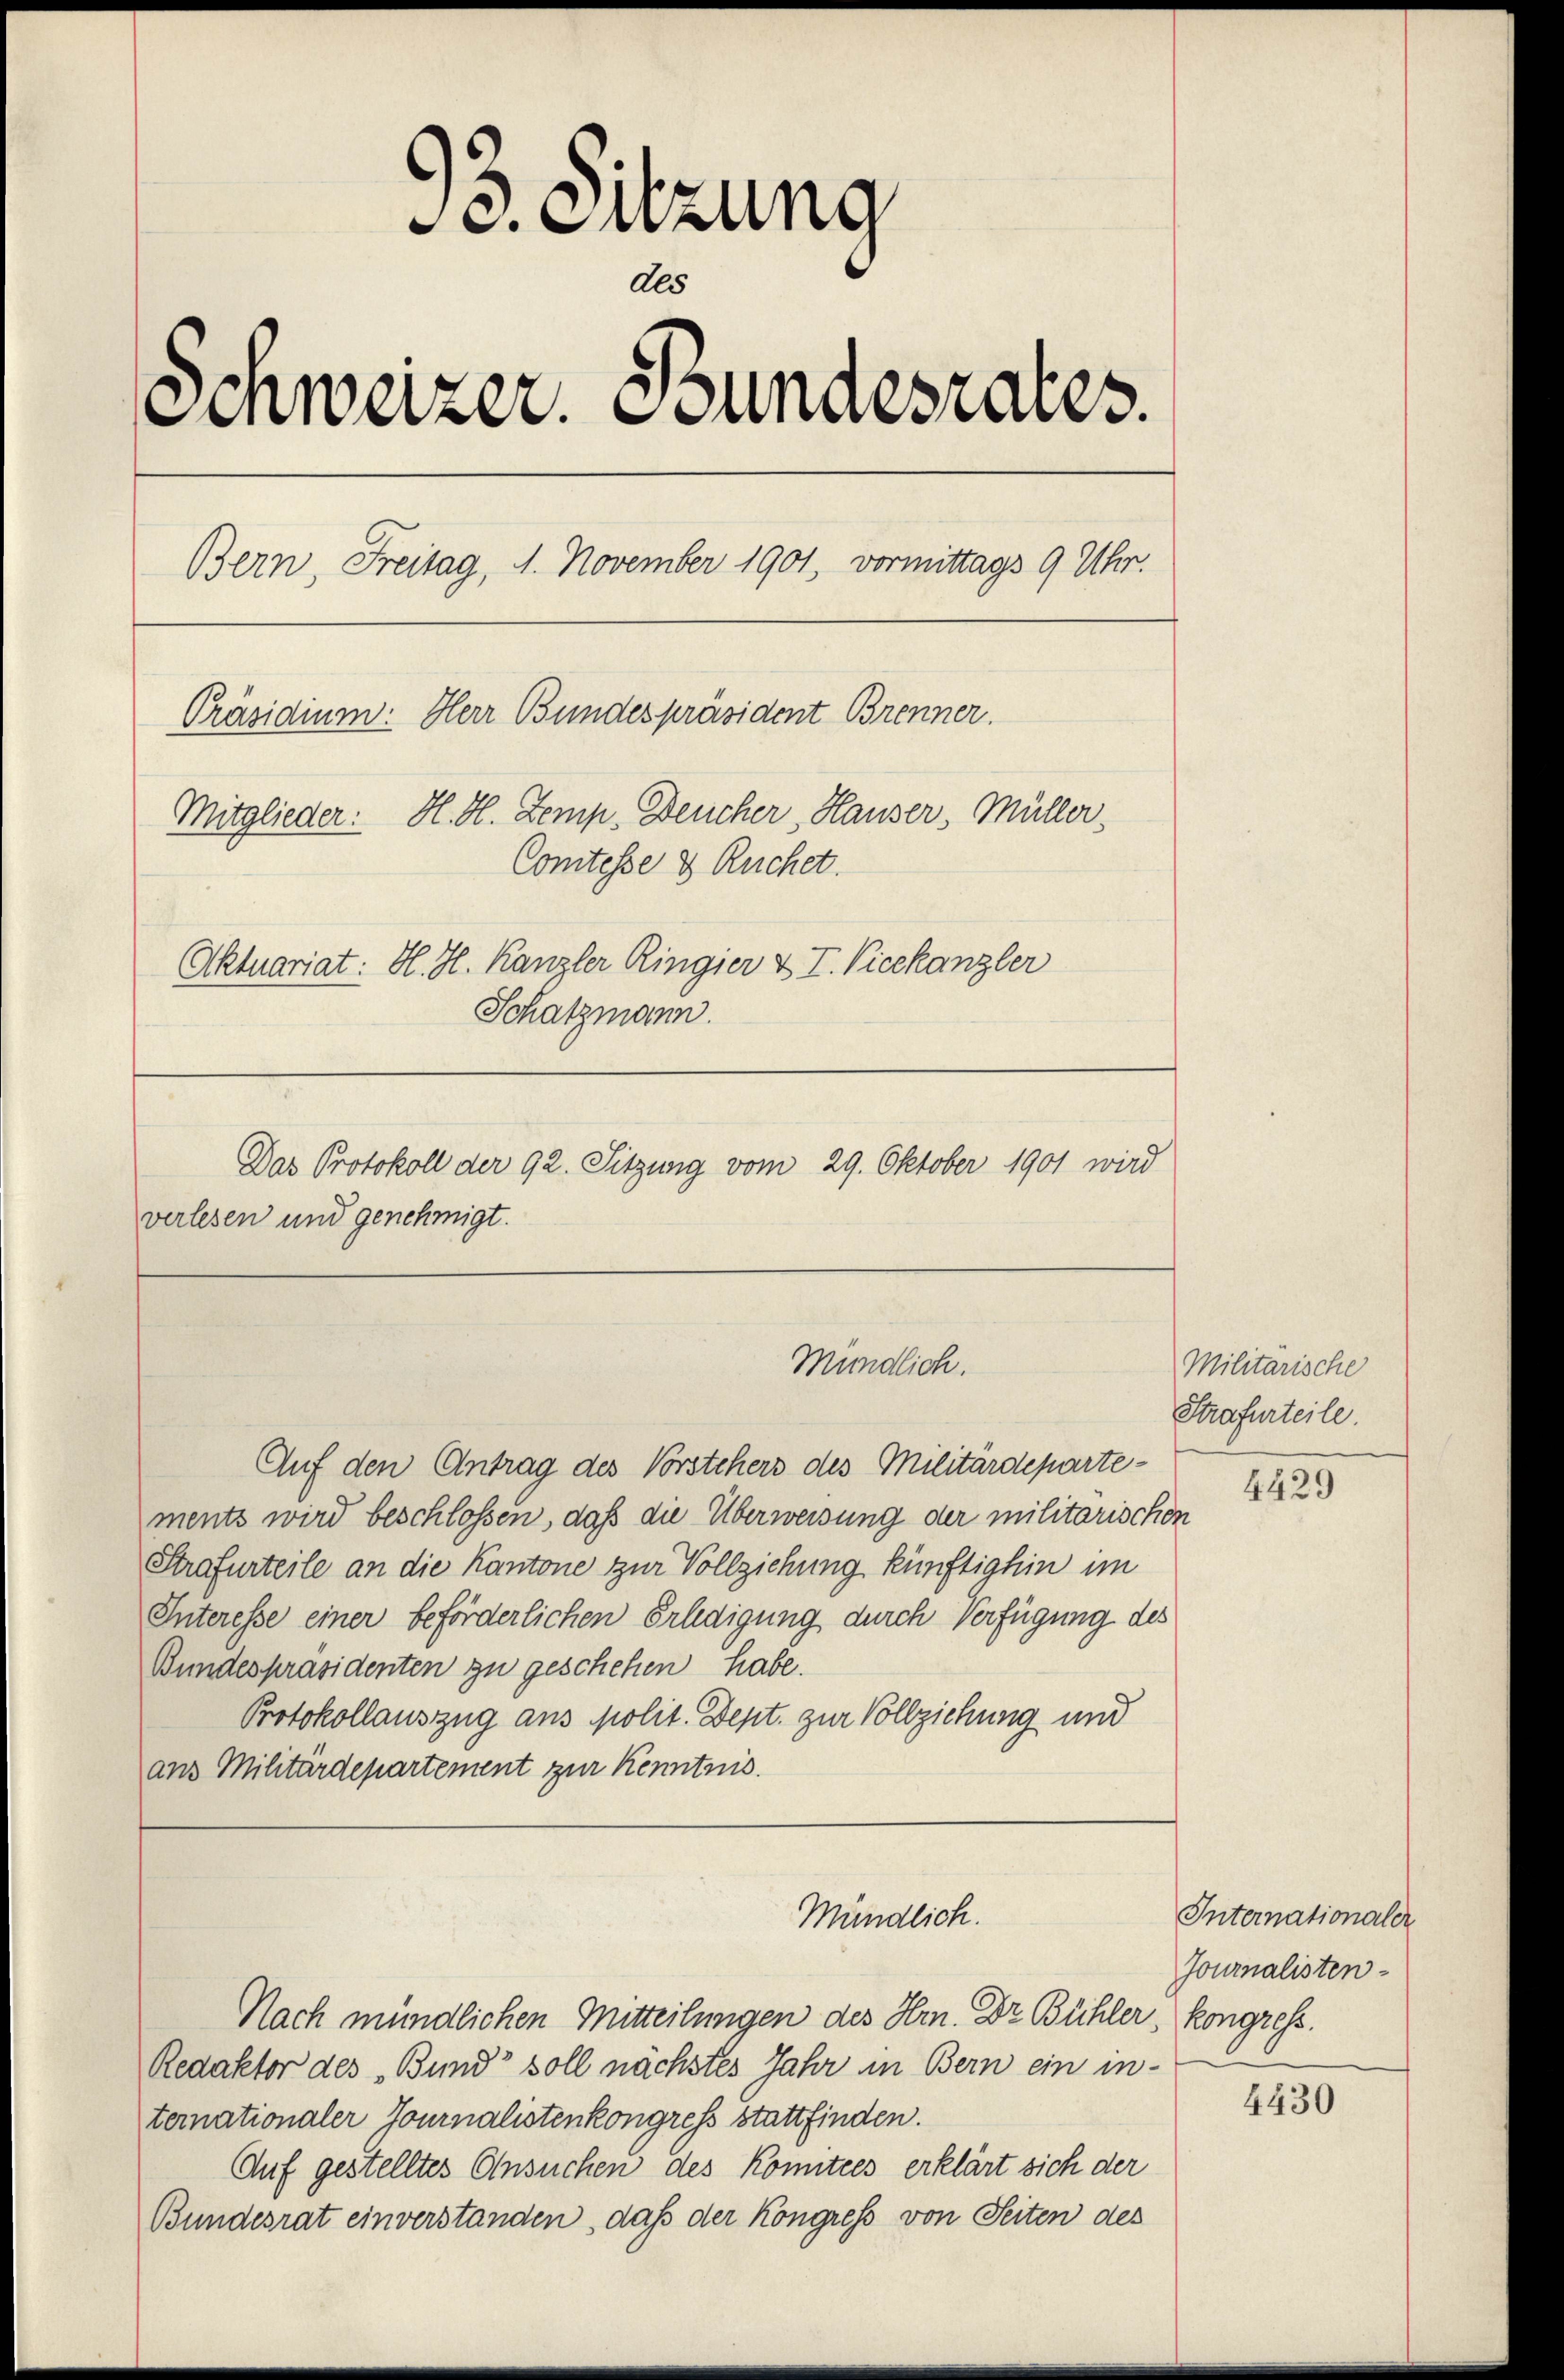
c. Sitzung
Als
Einweizer. Stundesrates.
Bern, Freitag, 1. November 1901, vormittags 9 Uhr.
Präsidium: Herr Bundespräsident Brenner.
Mitglieder: H. H. Zemp, Deucher, Hauser, Müller.
Comtesse & Ruchet.
Aktuariat: H. H. Kanzler Ringier & T. Vicekanzler
Schatzmann.

verlesen und genehmigt.

Das Protokoll der 92. Sitzung vom 29. Oktober 1901 wird

Mündlich.

Auf den Antrag des Vorstehers des Militärdeparte-
ments wird beschlossen, daß die Überweisung der militarischen
Strafurteile an die Kantone zur Vollziehung künftighin im
Interesse einer beförderlichen Erledigung durch Verfügung des
Bundespräsidenten zu geschehen habe.
Protokollauszug aus polit. Dept. zur Vollziehung und
ans Militärdepartement zur Kenntnis.
Mündlich.
Nach mündlichen Mitteilungen des Hrn. Dr. Bühler, Kongress
Redaktor des „Bund“ soll nächstes Jahr in Bern ein in-
ternationaler Journalistenkongress stattfinden.
Auf gestelltes Ansuchen des Komitees erklärt sich der
Bundesrat einverstanden, daß der Kongress von Seiten des

Militarische
Strafurteile.

4429

Internationaler
Journalisten

4430